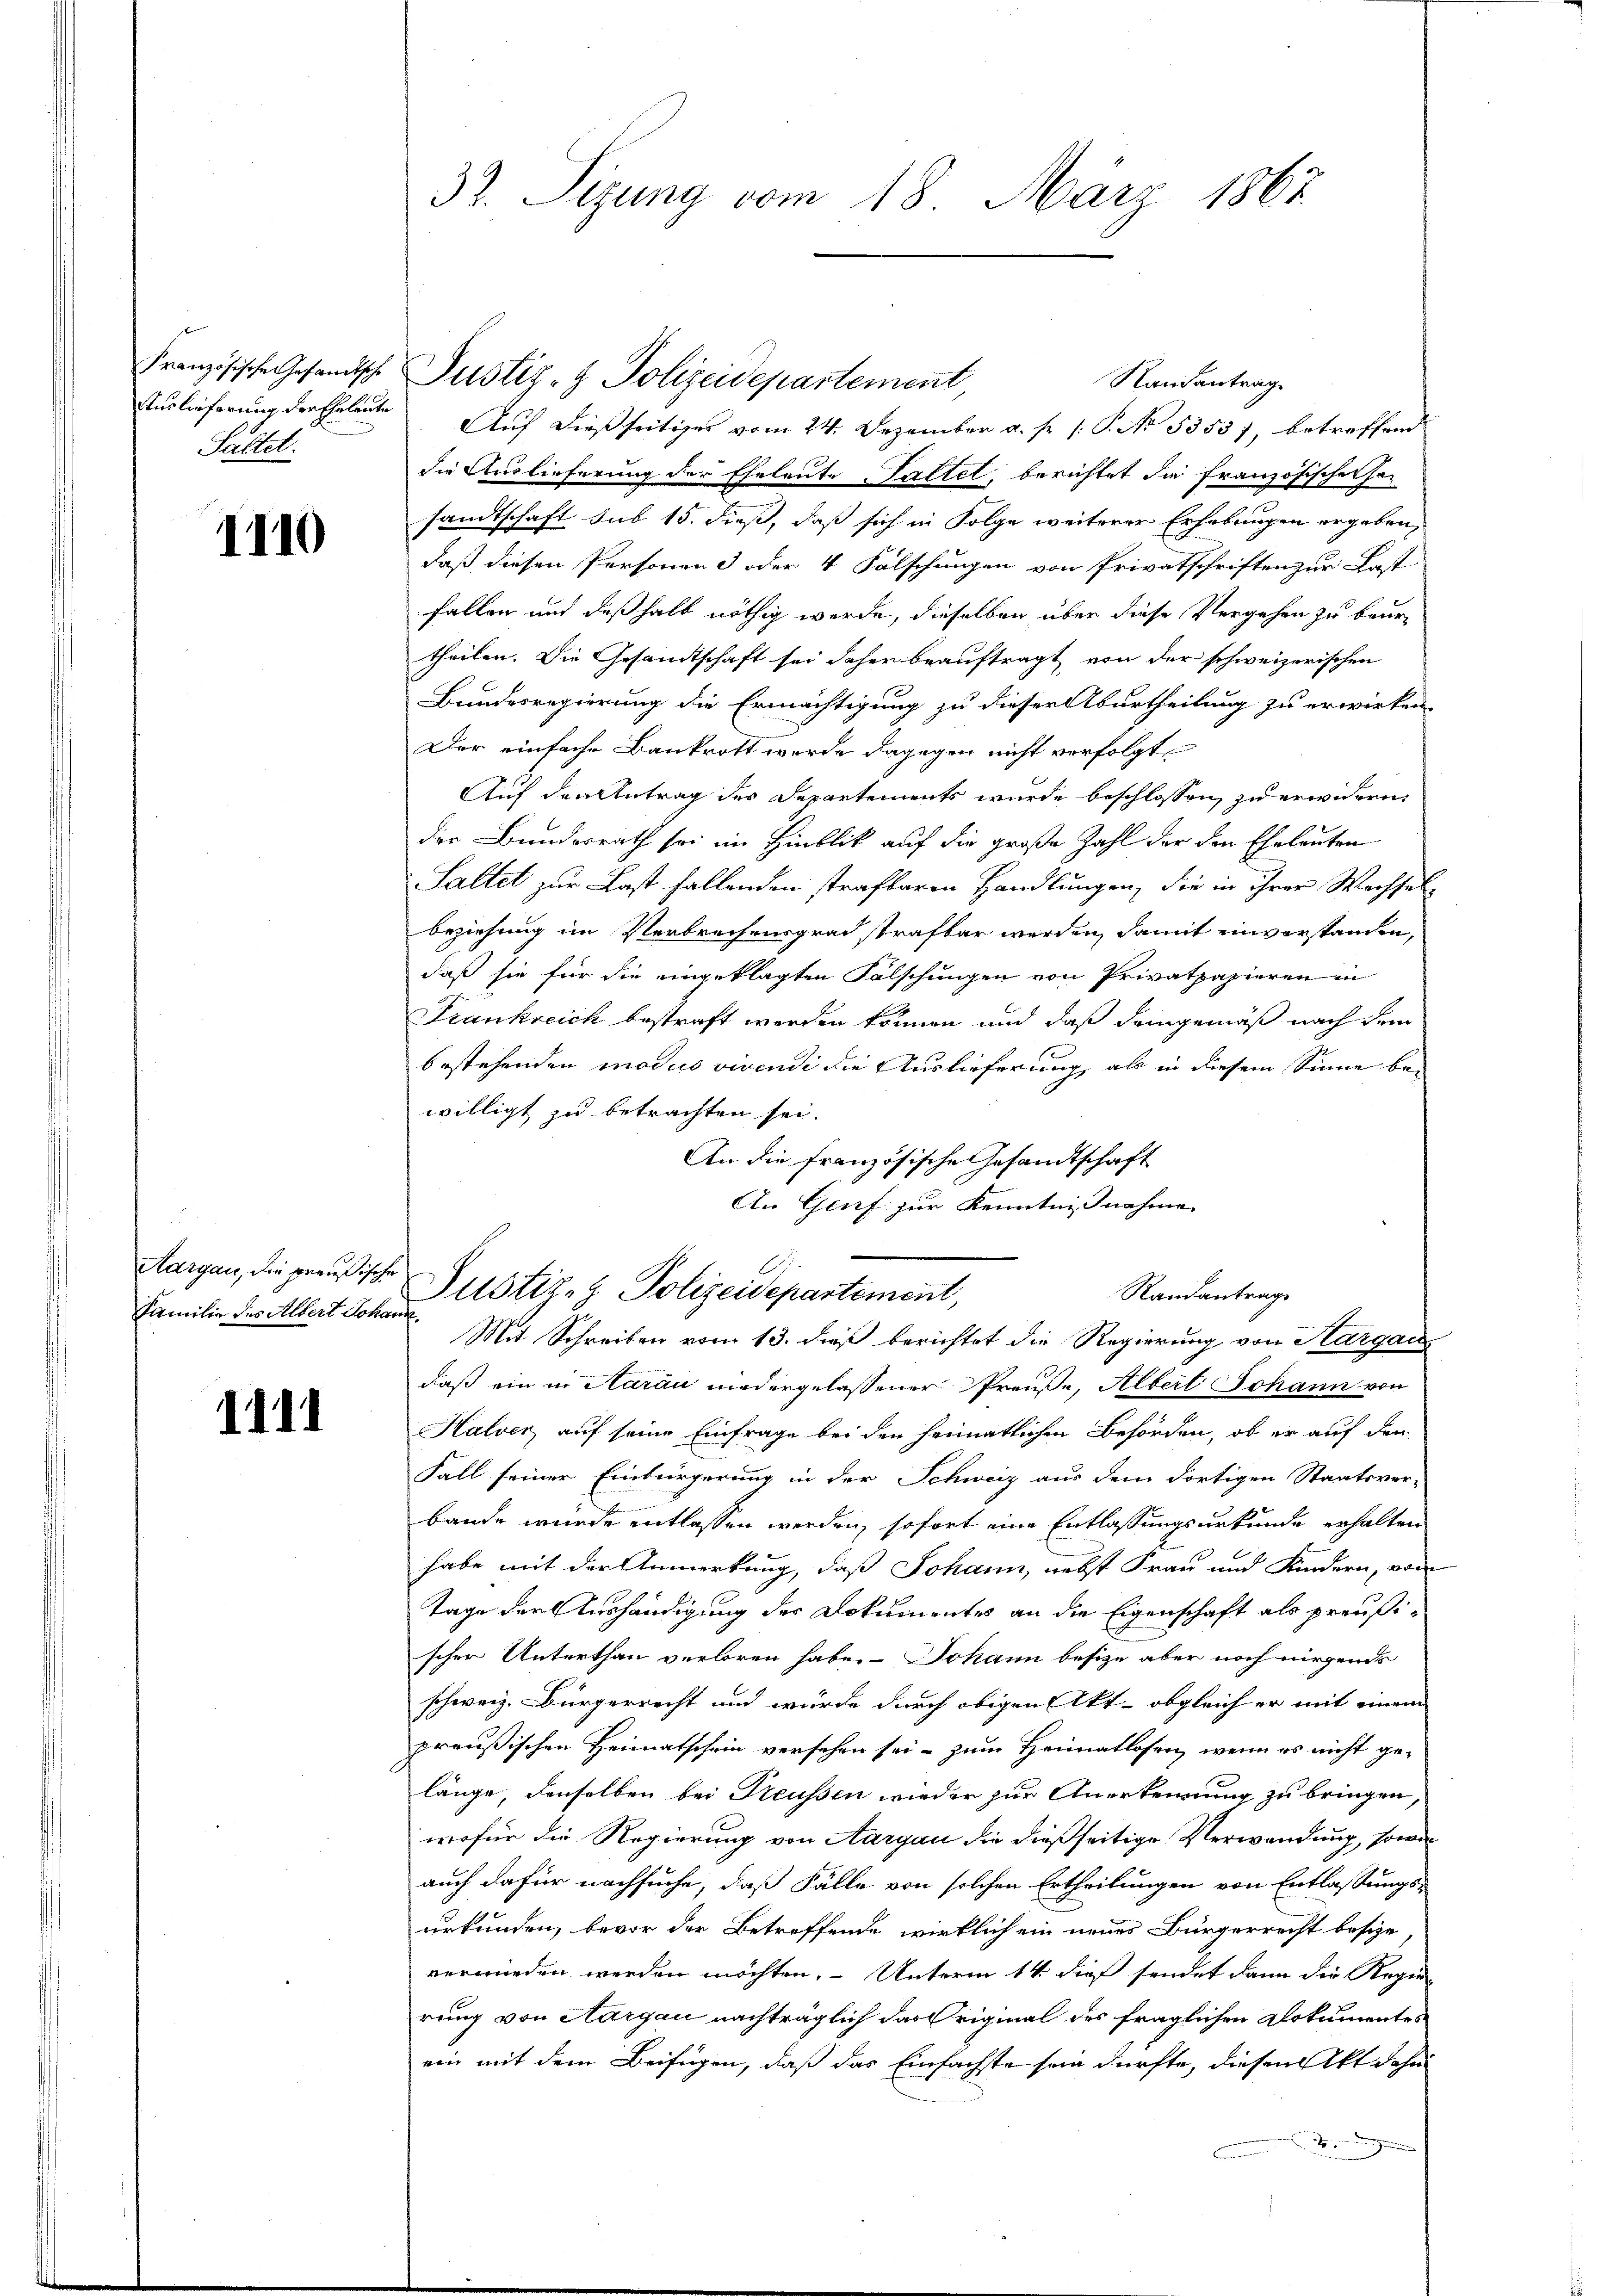
Saltet.

1110

Aargau, die preußische
Familie des Albert Johann

1111

32. Sizung vom 18. März 1867

Randantrag
Auslieferung der Eheleute Auf dießseitiges vom 24. Dezember a. f. P. No 5353), betreffend
die Auslieferung der Eheleute Sattel, berichtet die französischer ha
sandtschaft sub 15. dieß, daß sich in Folge weiterer Erhebungen ergeben,
daß diesen Personen oder 4 Falschungen von Privatschriften zur Last
fallen und deßhalb nöthig werde, dieselben über diese Vergehen zu beurtheilen. Die Gesandtschaft sei daher beauftragt, von der schweizerischen
Bundesregierung die Ermächtigung zu dieser Aburtheilung zu erwirken
Der einfache Bankrott wurde dagegen nicht verfolgt,
Auf den Antrag des Departements wurde beschlossen, zu erwidern,
der Bundesrath sei im Hinblick auf die große Zahl der den Eheleuten
Saltet zur Last fallenden strafbaren Handlungen, die in ihrer Wechselbeziehung im Verbrechensgrad strafbar werden, damit einverstanden,
daß sie für die eingeklagten Falschungen von Privatpapieren in
Frankreich bestraft werden können und daß demgemäß nach dem
bestehenden modus vivendi die Auslieferung, als in diesem Sinne bei
willigt zu betrachten sei.
An die französische Gesandtschaft
daß ein in Aarau niedergelassener Preuße, Albert Johann von
Halver, auf seine Einfrage bei den heimatlichen Behörden, ob er auf den
Fall seiner Einbürgerung in der Schweiz aus dem dortigen Staatsver-
bande wurde entlassen werden, sofort eine Entlassungsurkunde erhalten
habe mit der Anmerkung, daß Johann, nebst Frau und Kindern, von
Tage der Aushändigung der Dokumentes an die Eigenschaft als preußischer Unterthan verloren habe. Johann besize aber noch nirgendes
schweiz. Bürgerrecht und wurde durch obigen Akt - obgleich er mit einem
preußischen Heimatschein versehen sei, zum Heimatlosen, wenn es nicht gelänge, denselben bei Reussen wieder zur Anerkennung zu bringen,
wofür die Regierung von Aargau die dießseitige Verwendung, sowi
auch dafür nachsuche, daß Fälle von solchen Ertheilungen von Entlassungs-
urkunden, bevor der Betreffende wirklich ein neues Bürgerrecht besize
verwieden werden möchten, - Unterm 14. dieß sendet dann die Rege
rung von Aargau nachträglich das Original des fraglichen Dokumentes
ein mit dem Beifügen, daß das Einfachste sein dürfte, diesen Akt dahin

Französische Gesandtsche Justiz- & Polizeidepartement,

An Genf zur Kenntnisnahme
Justiz- & Polizeidepartement,
Randantrag
Mit Schreiben vom 13. dieß berichtet die Regierung von Aargau